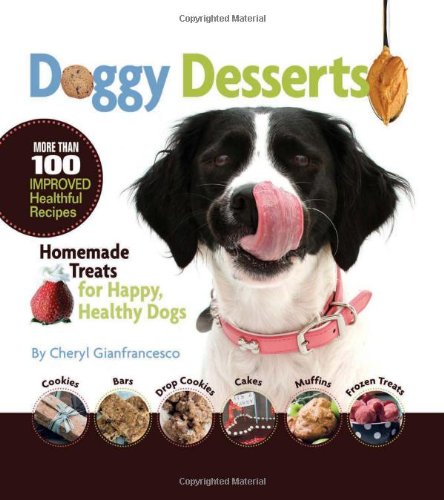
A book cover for Doggy Desserts: Homemade Treats for Happy, Healthy Dogs; Cheryl Gianfrancesco; Crafts, Hobbies & Home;